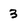
Character: 3